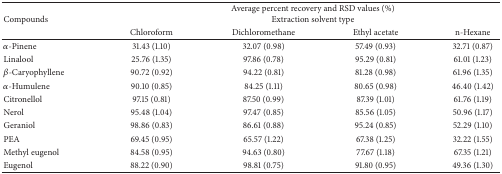
<table><thead><tr><td rowspan="2"><b>Compounds</b></td><td colspan="4"><b> Average percent recovery and RSD values (%)Extraction solvent type</b></td></tr><tr><td><b>Chloroform</b></td><td><b>Dichloromethane</b></td><td><b>Ethyl acetate</b></td><td><b>n-Hexane</b></td></tr></thead><tbody><tr><td><i>α</i>-Pinene</td><td>31.43 (1.10)</td><td>32.07 (0.98)</td><td>57.49 (0.93)</td><td>32.71 (0.87)</td></tr><tr><td>Linalool</td><td>25.76 (1.35)</td><td>97.86 (0.78)</td><td>95.29 (0.81)</td><td>61.01 (1.23)</td></tr><tr><td><i>β</i>-Caryophyllene</td><td>90.72 (0.92)</td><td>94.22 (0.81)</td><td>81.28 (0.98)</td><td>61.96 (1.35)</td></tr><tr><td><i>α</i>-Humulene</td><td>90.10 (0.85)</td><td>84.25 (1.11)</td><td>80.65 (0.98)</td><td>46.40 (1.42)</td></tr><tr><td>Citronellol</td><td>97.15 (0.81)</td><td>87.50 (0.99)</td><td>87.39 (1.01)</td><td>61.76 (1.19)</td></tr><tr><td>Nerol</td><td>95.48 (1.04)</td><td>97.47 (0.85)</td><td>85.56 (1.05)</td><td>50.96 (1.17)</td></tr><tr><td>Geraniol</td><td>98.86 (0.83)</td><td>86.61 (0.88)</td><td>95.24 (0.85)</td><td>52.29 (1.10)</td></tr><tr><td>PEA</td><td>69.45 (0.95)</td><td>65.57 (1.22)</td><td>67.38 (1.25)</td><td>32.22 (1.55)</td></tr><tr><td>Methyl eugenol</td><td>84.58 (0.95)</td><td>94.63 (0.80)</td><td>77.67 (1.18)</td><td>67.35 (1.21)</td></tr><tr><td>Eugenol</td><td>88.22 (0.90)</td><td>98.81 (0.75)</td><td>91.80 (0.95)</td><td>49.36 (1.30)</td></tr></tbody></table>